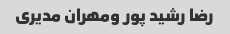
رضا رشید پور ومهران مدیری